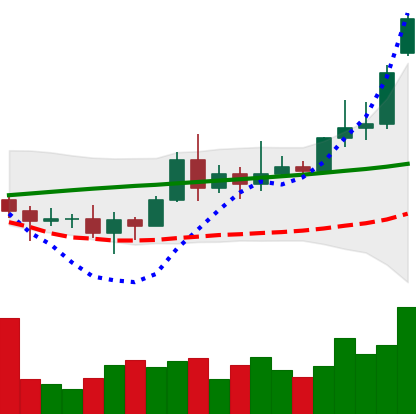
Ticker: XRP-USD
Chart end date: 2020-11-17
Forward return: 46.722%
Label: up_7plus